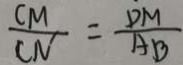
\frac { C M } { C N } = \frac { D M } { A B }